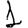
Digit: 1